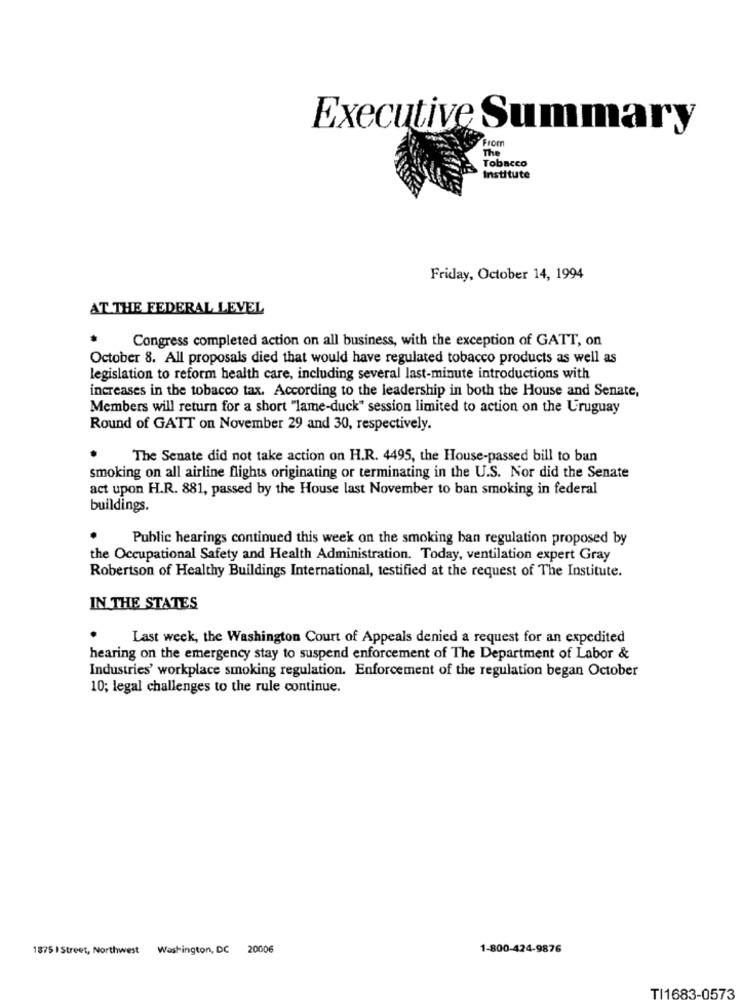
Executive Summary
From
The
Tobacco
Institute
Friday, October 14, 1994
AT THE FEDERAL LEVEL
Congress completed action on all business, with the exception of GATT, on
October 8. All proposals died that would have regulated tobacco products as well as
legislation to reform health care, including several last-minute introductions with
increases in the tobacco tax. According to the leadership in both the House and Senate,
Members will return for a short "lame-duck" session limited to action on the Uruguay
Round of GATT on November 29 and 30, respectively.
The Senate did not take action on H.R. 4495, the House-passed bill to ban
smoking on all airline flights originating or terminating in the U.S. Nor did the Senate
act upon H.R. 881, passed by the House last November to ban smoking in federal
buildings.
Public hearings continued this week on the smoking ban regulation proposed by
the Occupational Safety and Health Administration. Today, ventilation expert Gray
Robertson of Healthy Buildings International, testified at the request of The Institute.
IN THE STATES
Last week, the Washington Court of Appeals denied a request for an expedited
hearing on the emergency stay to suspend enforcement of The Department of Labor &
Industries' workplace smoking regulation. Enforcement of the regulation began October
10; legal challenges to the rule continue.
1875 | Street, Northwest Washington, DC 20006
1-800-424-9876
TI1683-0573